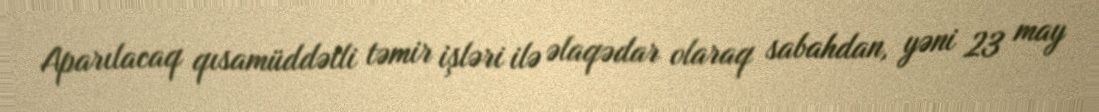
Aparılacaq qısamüddətli təmir işləri ilə əlaqədar olaraq sabahdan, yəni 23 may